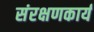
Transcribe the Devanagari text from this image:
संरक्षणकार्य